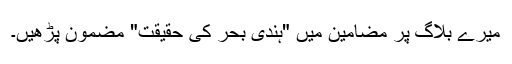
میرے بلاگ پر مضامین میں "ہندی بحر کی حقیقت" مضمون پڑھیں۔